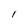
Character: I